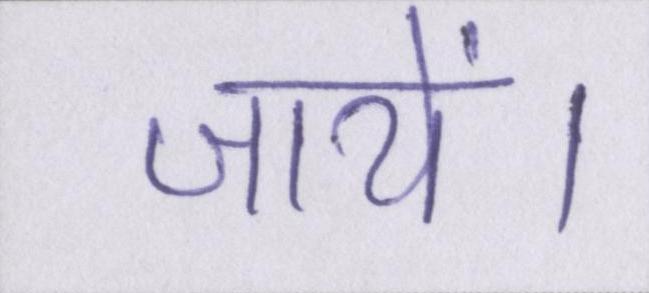
जायें।